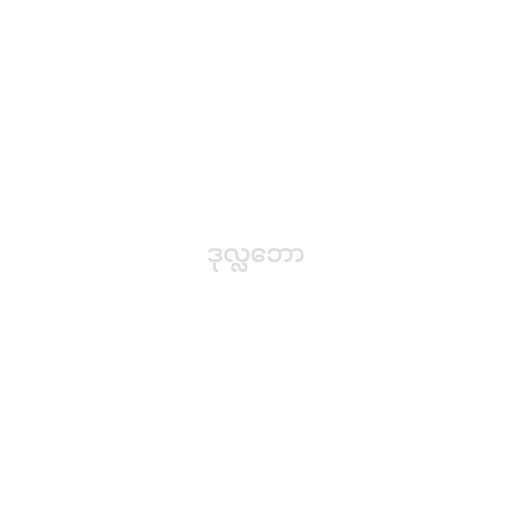
ဒုလ္လဘော